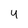
Character: 4